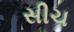
સીચ